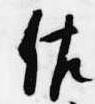
佐